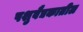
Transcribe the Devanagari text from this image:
पशुवैद्यकातील